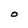
Character: O